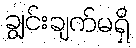
ချွင်းချက်မရှိ